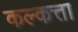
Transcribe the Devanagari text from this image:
कल्कत्ता